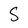
Character: S